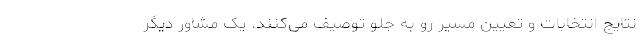
نتایج انتخابات و تعیین مسیر رو به جلو توصیف می‌کنند. یک مشاور دیگر